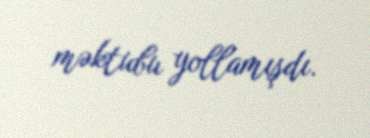
məktubu yollamışdı.